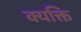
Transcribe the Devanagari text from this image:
क्यक्ति